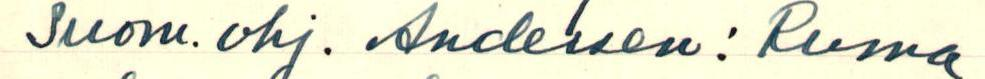
Suom.ohj. Andersen: Ruma